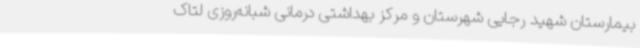
بیمارستان شهید رجایی شهرستان و مرکز بهداشتی درمانی شبانه‌روزی لتاک